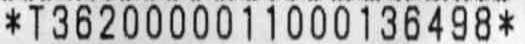
*T3620000011000136498*